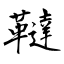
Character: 韃